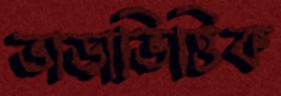
ভাড়াভিত্তিক